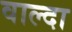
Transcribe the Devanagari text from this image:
वाल्दा